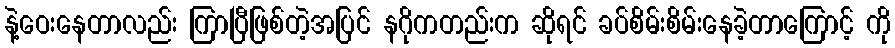
နဲ့ဝေးနေတာလည်း ကြာပြီဖြစ်တဲ့အပြင် နဂိုကတည်းက ဆိုရင် ခပ်စိမ်းစိမ်းနေခဲ့တာကြောင့် ကို